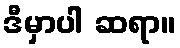
ဒီမှာပါ ဆရာ။